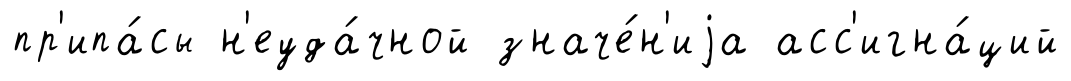
пр'ипа́сы н'еуда́чной значе́н'иjа асс'игна́ций